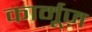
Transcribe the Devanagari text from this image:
कार्मूज़